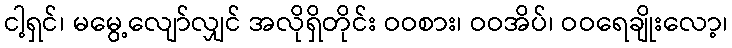
ငါ့ရှင်၊ မမွေ့လျော်လျှင် အလိုရှိတိုင်း ဝဝစား၊ ဝဝအိပ်၊ ဝဝရေချိုးလော့၊